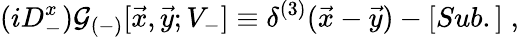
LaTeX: (iD_{-}^{x}){\cal G}_{(-)}[{\vec{x}},{\vec{y}};V_{-}]\equiv\delta^{(3)}({\vec{x}}-{\vec{y}})-[Sub.]\; ,